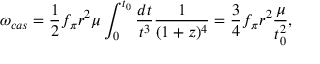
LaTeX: \omega _ { c a s } = \frac { 1 } { 2 } f _ { \pi } r ^ { 2 } \mu \int _ { 0 } ^ { t _ { 0 } } \frac { d t } { t ^ { 3 } } \frac { 1 } { ( 1 + z ) ^ { 4 } } = \frac { 3 } { 4 } f _ { \pi } r ^ { 2 } \frac { \mu } { t _ { 0 } ^ { 2 } } ,